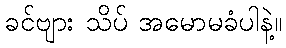
ခင်ဗျား သိပ် အမောမခံပါနဲ့။